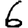
Digit: 6